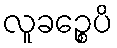
လူခဉ္စေပိ